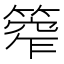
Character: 𥰾